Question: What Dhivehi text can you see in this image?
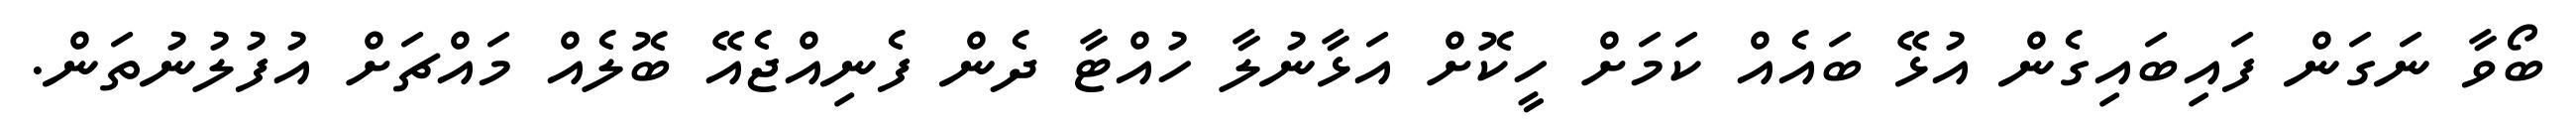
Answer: ބޯވާ ނަގަން ފައިބައިގެން އުޅޭ ބައެއް ކަމަށް ހީކޮށް އަޅާނުލާ ހުއްޓާ ދެން ފެނިއްޖެއޭ ބޮލެއް މައްޗަށް އުފުލުނުތަން.